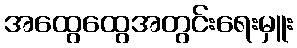
အထွေထွေအတွင်းရေးမှူး